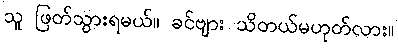
သူ ဖြတ်သွားရမယ်။ ခင်ဗျား သိတယ်မဟုတ်လား။